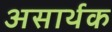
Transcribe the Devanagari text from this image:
असार्थक